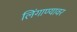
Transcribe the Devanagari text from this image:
लिंगाण्यावर